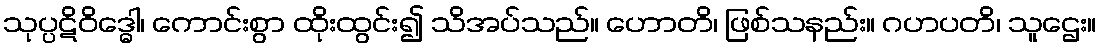
သုပ္ပဋိဝိဒ္ဓေါ၊ ကောင်းစွာ ထိုးထွင်း၍ သိအပ်သည်။ ဟောတိ၊ ဖြစ်သနည်း။ ဂဟပတိ၊ သူဌေး။